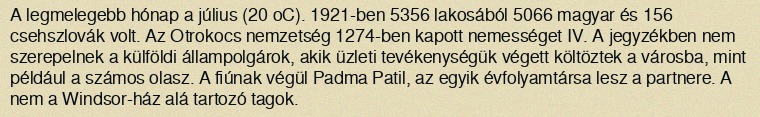
A legmelegebb hónap a július (20 oC). 1921-ben 5356 lakosából 5066 magyar és 156 csehszlovák volt. Az Otrokocs nemzetség 1274-ben kapott nemességet IV. A jegyzékben nem szerepelnek a külföldi állampolgárok, akik üzleti tevékenységük végett költöztek a városba, mint például a számos olasz. A fiúnak végül Padma Patil, az egyik évfolyamtársa lesz a partnere. A nem a Windsor-ház alá tartozó tagok.